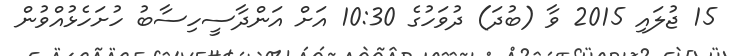
15 ޖުލައި 2015 ވާ (ބުދަ) ދުވަހުގެ 10:30 އަށް އަންދާސީހިސާބު ހުށަހެޅުއްވުން